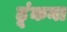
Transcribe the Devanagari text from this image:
ढ़ूंकना